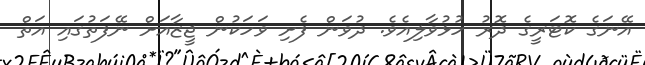
އޭނަގެ ކޮޓަރީގެ ދޮރު ހުޅުވާލިއެވެ. ދުވަން ފެށި ވަހަކުން ޖީޒާއަށް ނޭފަތުގައި އަތް